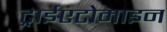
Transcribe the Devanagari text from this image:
ट्राईएटोमाइन